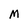
Character: M